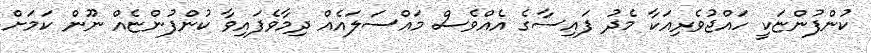
ކުންފުންޏަކީ ހައްޖުވެރިއަކާ މެދު ފައިސާގެ އެއްވެސް މައްސަލައެއް ދިމާވެފައިވާ ކުންފުންޏެއް ނޫން ކަމަށް